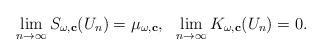
LaTeX: \begin{align*}\lim_{n\rightarrow \infty}S_{\omega,\mathbf{c}}(U_n)=\mu_{\omega,\mathbf{c}},\ \ \lim_{n\rightarrow \infty}K_{\omega,\mathbf{c}}(U_n)=0. \end{align*}